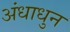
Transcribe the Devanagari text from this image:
अंधाधुन